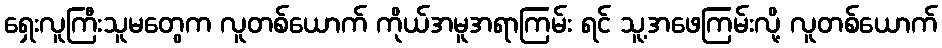
ရှေးလူကြီးသူမတွေက လူတစ်ယောက် ကိုယ်အမူအရာကြမ်း ရင် သူ့အဖေကြမ်းလို့ လူတစ်ယောက်